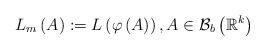
LaTeX: \begin{align*}L_{m}\left( A\right) :=L\left( \varphi \left( A\right) \right) ,A\in \mathcal{B}_{b}\left( \mathbb{R}^{k}\right) \end{align*}